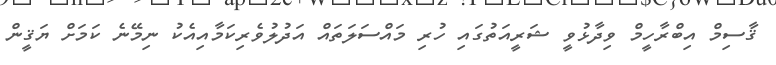
ޤާސިމް އިބްރާހީމް ވިދާޅުވީ ޝަރީއަތުގައި ހުރި މައްސަލަތައް އަދުލުވެރިކަމާއިއެކު ނިމޭނެ ކަމަށް ޔަޤީން